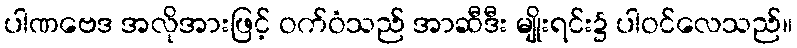
ပါဏဗေဒ အလိုအားဖြင့် ဝက်ဝံသည် အာဆီဒီး မျိုးရင်း၌ ပါဝင်လေသည်။